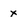
Character: x